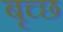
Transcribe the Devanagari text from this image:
बृच्‍छ